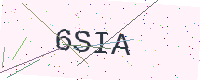
Text: 6SIA